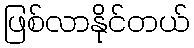
ဖြစ်လာနိုင်တယ်